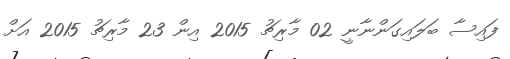
ފައިސާ ބަލައިގަންނާނީ 02 މާރިޗު 2015 އިން 23 މާރިޗު 2015 އަށް